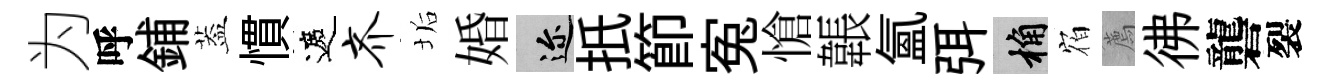
为呼鋪葢慣遮齐垢婚邇扺節寃愴韔氳弭桷𪧐薦彿礱裂